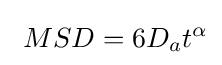
\ MSD=6D_{a}t^{\alpha }